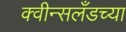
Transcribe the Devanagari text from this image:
क्वीन्सलँडच्या